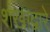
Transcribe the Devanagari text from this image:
शंखाद्वारे